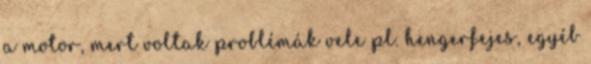
a motor, mert voltak problémák vele pl. hengerfejes, egyéb